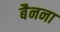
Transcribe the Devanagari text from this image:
बैनना